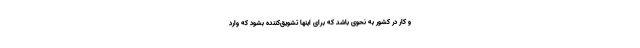
و کار در کشور به نحوی باشد که برای اینها تشویق‌کننده بشود که وارد